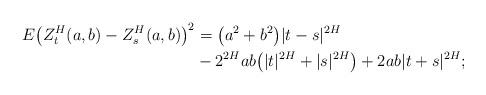
LaTeX: \begin{align*}E \bigl( Z_t^H(a,b) - Z_s^H(a,b)\bigr) ^2 &= \bigl(a^2 + b^2\bigr) | t-s|^{2H}\\&- 2^{2H} ab \bigl( | t |^{2H} + | s |^{2H} \bigr) + 2ab | t + s |^{2H};\end{align*}